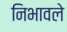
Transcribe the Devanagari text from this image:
निभावले